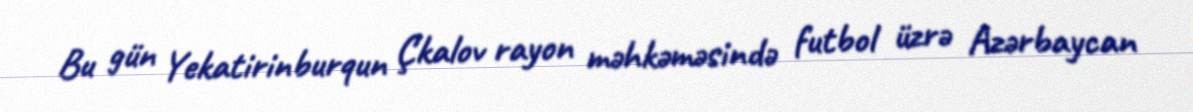
Bu gün Yekatirinburqun Çkalov rayon məhkəməsində futbol üzrə Azərbaycan